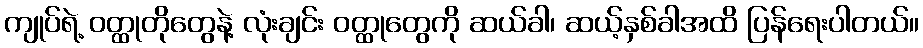
ကျုပ်ရဲ့ ဝတ္ထုတိုတွေနဲ့ လုံးချင်း ဝတ္ထုတွေကို ဆယ်ခါ၊ ဆယ့်နှစ်ခါအထိ ပြန်ရေးပါတယ်။